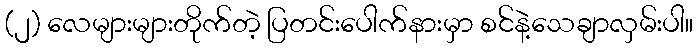
(၂) လေများများတိုက်တဲ့ ပြတင်းပေါက်နားမှာ စင်နဲ့သေချာလှမ်းပါ။